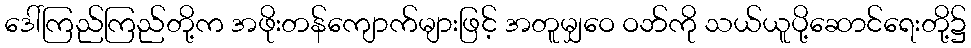
ဒေါ်ကြည်ကြည်တို့က အဖိုးတန်ကျောက်များဖြင့် အတူမျှဝေ ဝဘ်ကို သယ်ယူပို့ဆောင်ရေးတို့၌